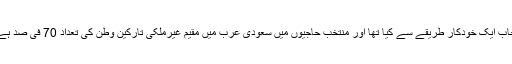
سعودی حکام نے عازمین حج کا انتخاب ایک خودکار طریقے سے کیا تھا اور منتخب حاجیوں میں سعودی عرب میں مقیم غیرملکی تارکینِ وطن کی تعداد 70 فی صد ہے اور 30 فی صد سعودی شہری ہیں۔